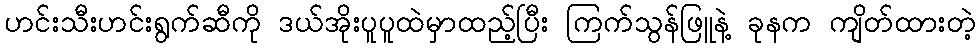
ဟင်းသီးဟင်းရွက်ဆီကို ဒယ်အိုးပူပူထဲမှာထည့်ပြီး ကြက်သွန်ဖြူနဲ့ ခုနက ကျိတ်ထားတဲ့